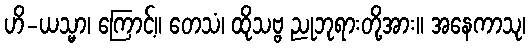
ဟိ-ယသ္မာ၊ ကြောင့်။ တေသံ၊ ထိုသဗ္ဗ ညုဘုရားတို့အား။ အနေကာသု၊